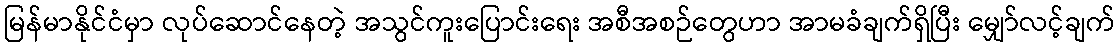
မြန်မာနိုင်ငံမှာ လုပ်ဆောင်နေတဲ့ အသွင်ကူးပြောင်းရေး အစီအစဉ်တွေဟာ အာမခံချက်ရှိပြီး မျှော်လင့်ချက်